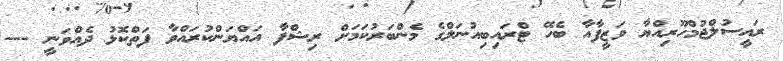
ރައީސުލްޖުމްހޫރިއްޔާ ވަޒީފާއާ ބެހޭ ޓްރައިބިއުނަލްގެ މެންބަރުކަމަށް ރިޝްފާ އައްޔަންކުރައްވާ ފަތްކޮޅު ދެއްވަނީ ---